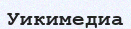
Уикимедиа